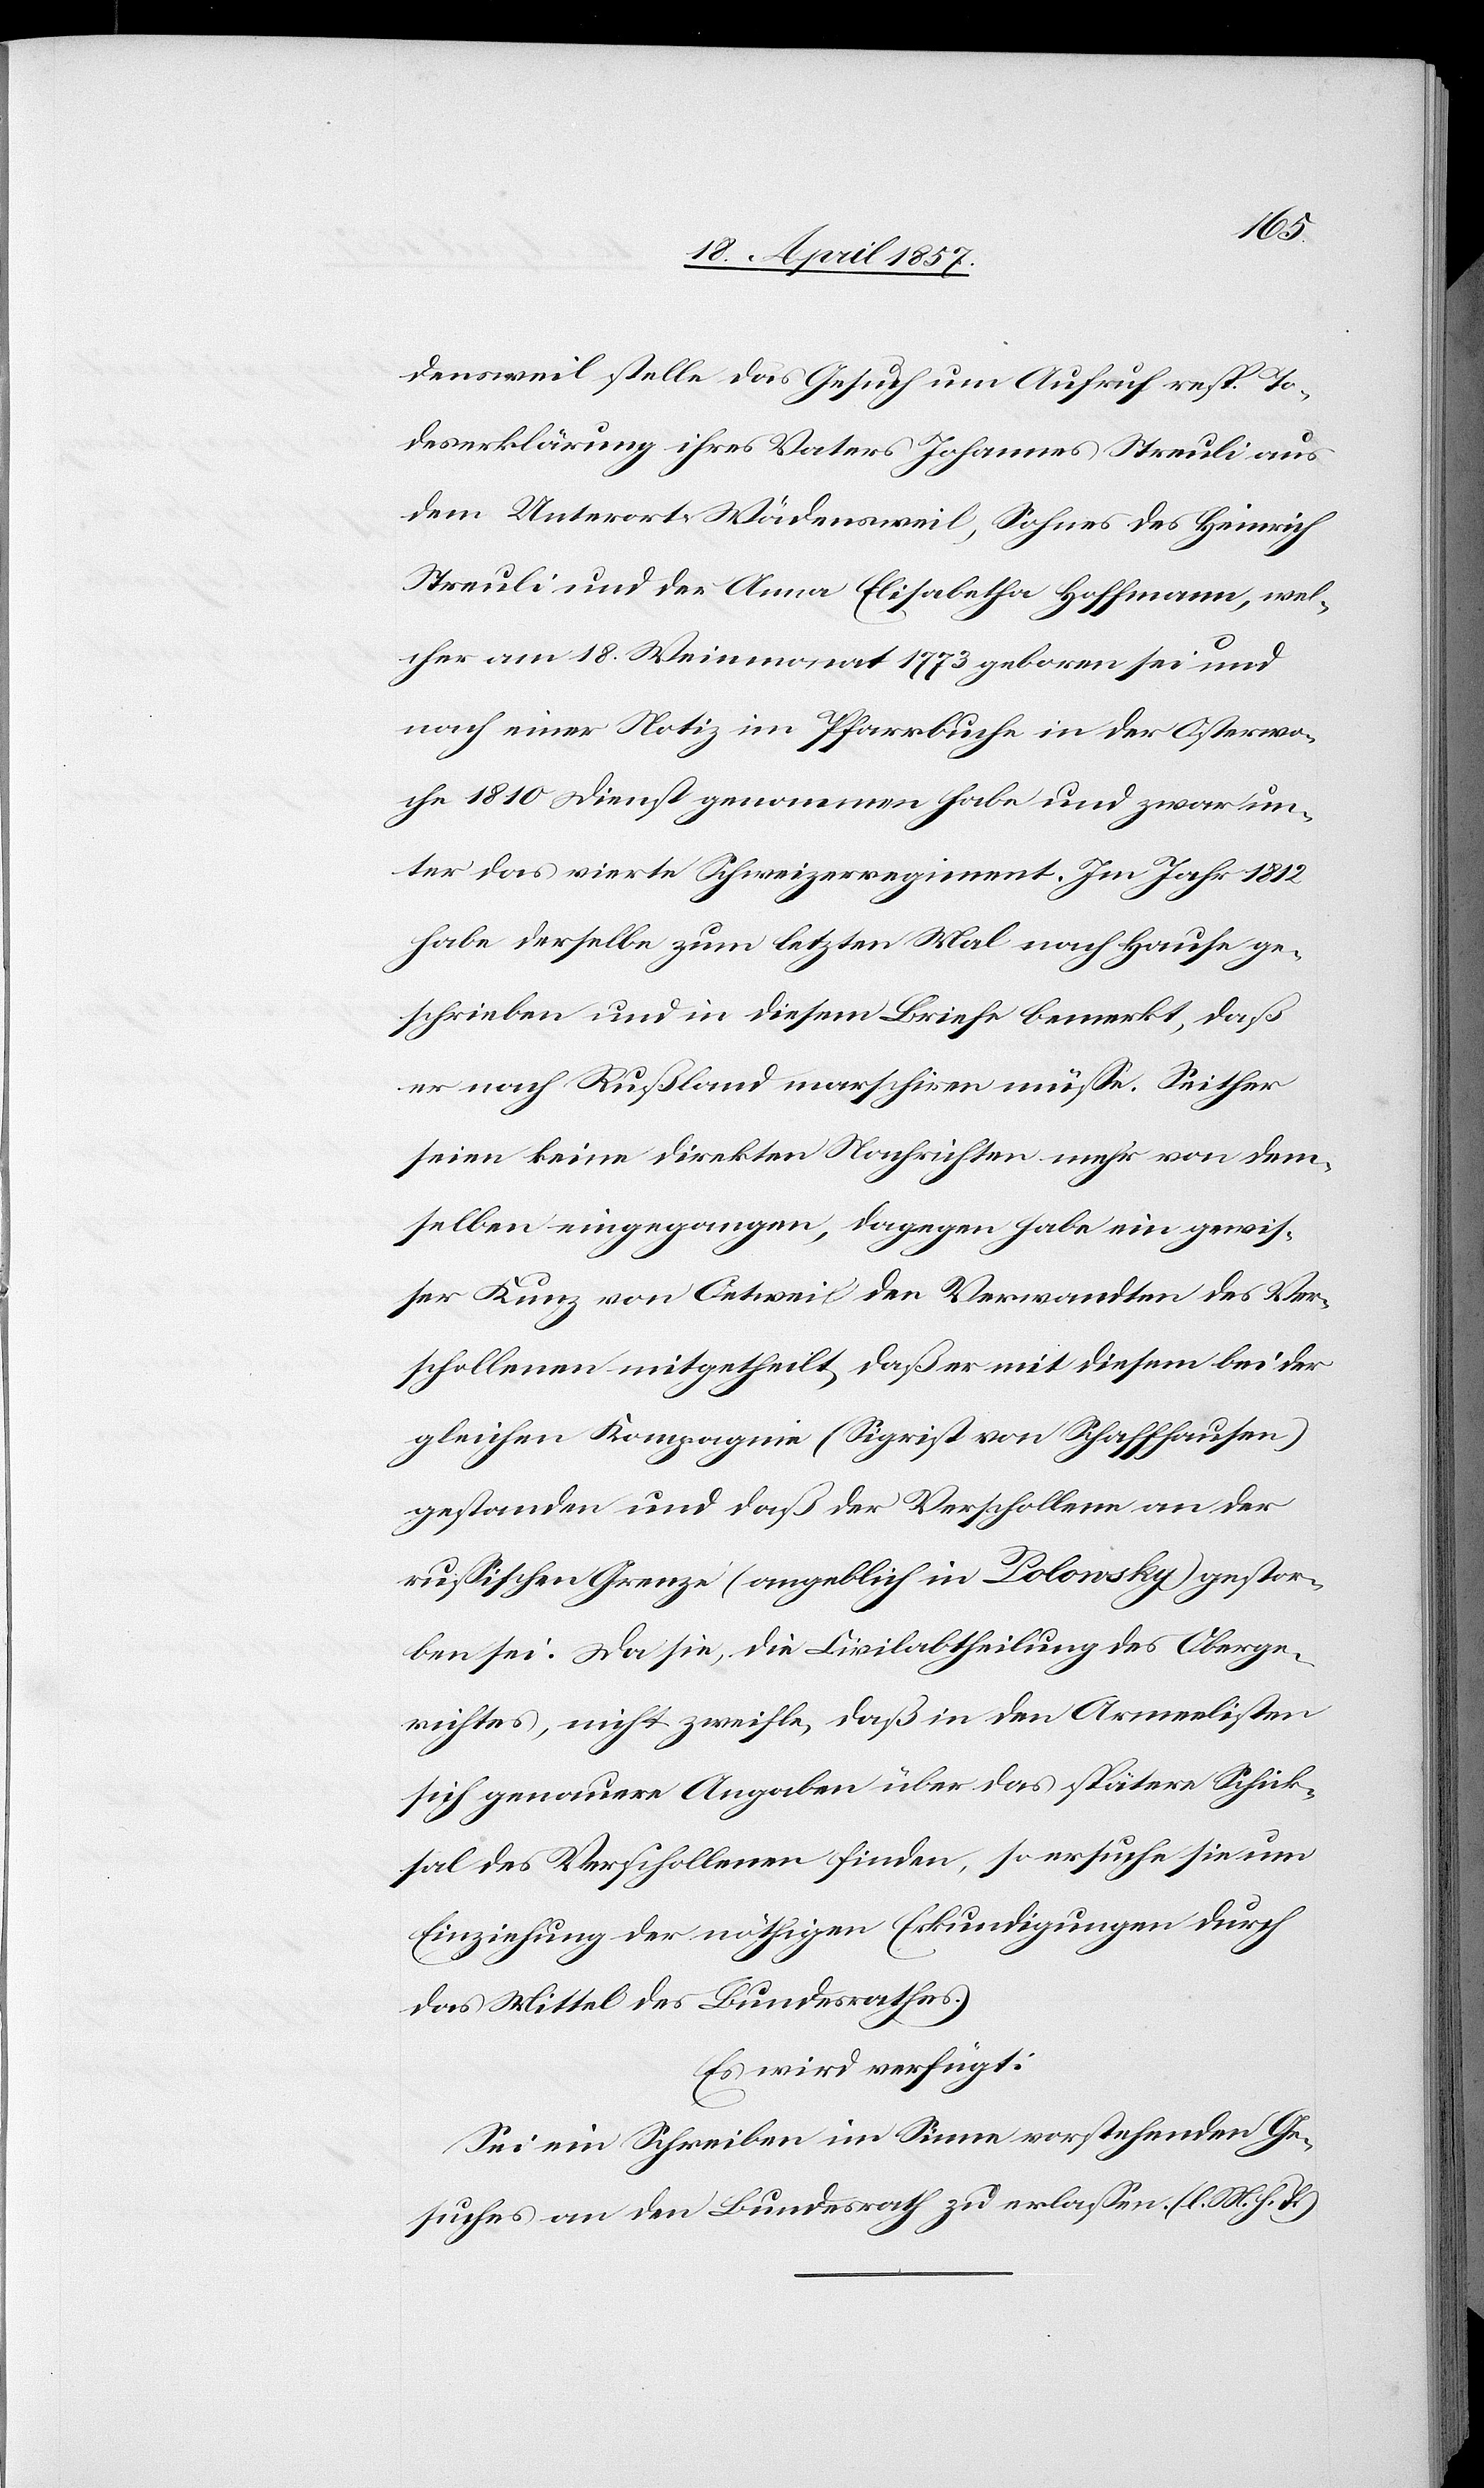
densweil stelle das Gesuch um Aufruf resp. To¬
deserklärung ihres Vaters Johannes Streuli aus
dem Unterort-Wädensweil, Sohnes des Heinrich
Streuli und der Anna Elisabetha Hoffmann, wel¬
cher am 18. Weinmonat 1773 geboren sei und
nach einer Notiz im Pfarrbuche in der Osterwo¬
che 1810 Dienst genommen habe und zwar un¬
ter das vierte Schweizerregiment. Im Jahr 1812
habe derselbe zum letzten Mal nach Hause ge¬
schrieben und in diesem Briefe bemerkt, daß
er nach Rußland marschiren müsse. Seither
seien keine direkten Nachrichten mehr von dem¬
selben eingegangen. Dagegen habe ein gewis¬
ser Kunz von Oetweil den Verwandten des Ver¬
schollenen mitgetheilt, daß er mit diesem bei der
gleichen Kompagnie (Sigrist von Schaffhausen)
gestanden und daß der Verschollene an der
russischen Grenze (angeblich in Polonsky) gestor¬
ben sei. Da sie, die Civilabtheilung des Oberge¬
richtes, nicht zweifle, daß in den Armeelisten
sich genauere Angaben über das spätere Schick¬
sal des Verschollenen finden, so ersuche sie um
Einziehung der nöthigen Erkundigungen durch
das Mittel des Bundesrathes.
Es wird verfügt:
Sei ein Schreiben im Sinne vorstehenden Ge¬
suches an den Bundesrath zu erlassen. (l. M. h. T.)